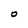
Character: O